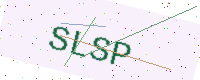
Text: SLSP